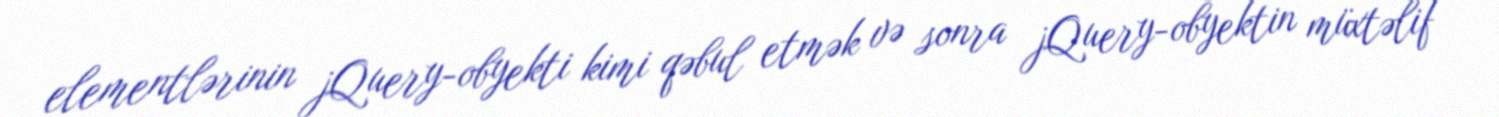
elementlərinin jQuery-obyekti kimi qəbul etmək və sonra jQuery-obyektin müxtəlif